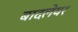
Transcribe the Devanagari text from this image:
बादलेयर